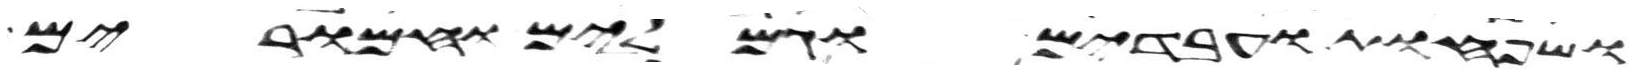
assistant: ושפחות עבדים וגמלים וחמרים